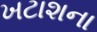
ખટાશના